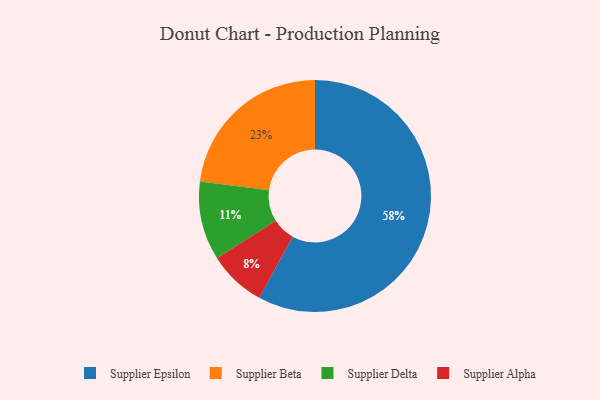
{"axis": {"x": "Category", "y": "Percentage"}, "legend": ["Supplier Alpha", "Supplier Beta", "Supplier Delta", "Supplier Epsilon"], "data": [{"x": "Supplier Alpha", "y": 8, "type": "Supplier Alpha"}, {"x": "Supplier Beta", "y": 23, "type": "Supplier Beta"}, {"x": "Supplier Epsilon", "y": 58, "type": "Supplier Epsilon"}, {"x": "Supplier Delta", "y": 11, "type": "Supplier Delta"}]}